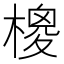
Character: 𣙺